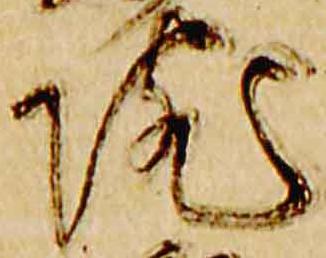
院